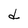
Character: d